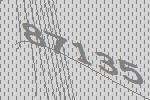
87135